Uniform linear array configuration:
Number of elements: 32
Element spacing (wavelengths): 0.75
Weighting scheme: uniform
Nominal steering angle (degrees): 60
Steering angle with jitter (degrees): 59.081
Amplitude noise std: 0.05
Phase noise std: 0.05

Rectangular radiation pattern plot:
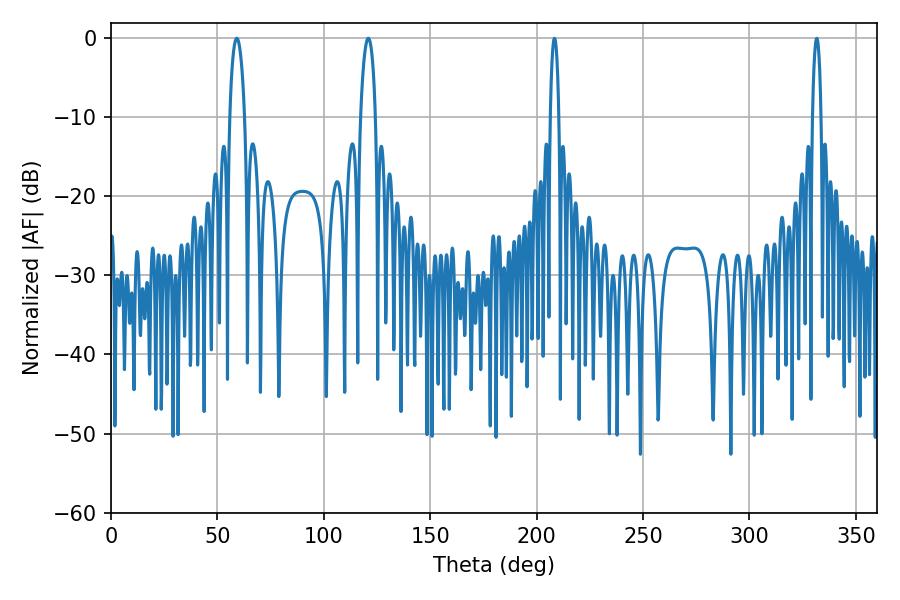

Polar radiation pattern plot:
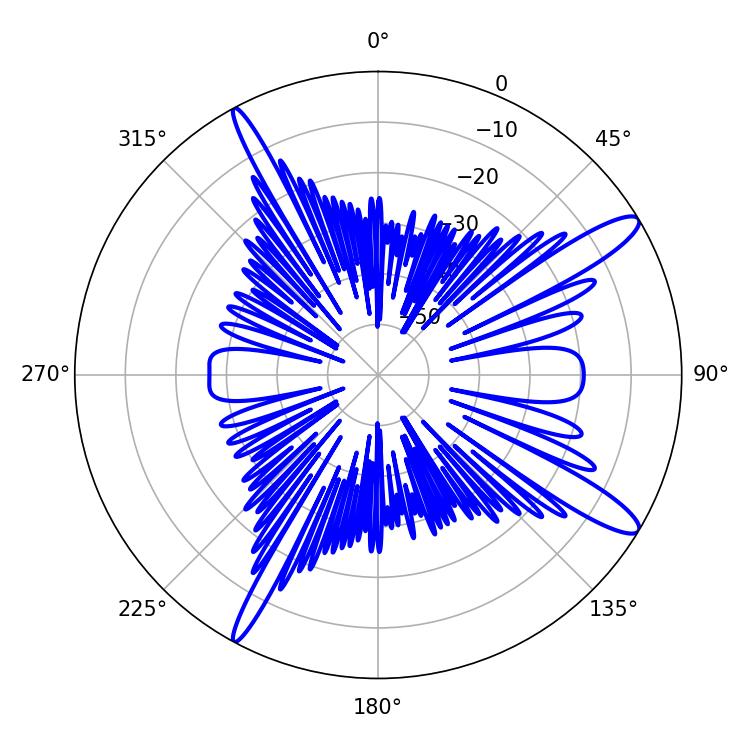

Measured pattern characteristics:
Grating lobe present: TRUE
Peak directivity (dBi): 13.27
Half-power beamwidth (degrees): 3.96
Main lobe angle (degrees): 59.04